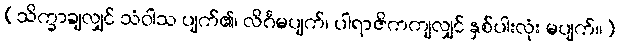
(သိက္ခာချလျှင် သံဝါသ ပျက်၏၊ လိင်္ဂမပျက်၊ ပါရာဇိကကျလျှင် နှစ်ပါးလုံး မပျက်။)